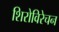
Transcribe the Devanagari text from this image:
शिरोविरेचन